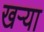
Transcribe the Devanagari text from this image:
खऱ्या